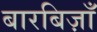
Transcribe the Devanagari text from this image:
बारबिज़ाँ